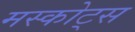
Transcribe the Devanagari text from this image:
मस्कोट्स